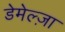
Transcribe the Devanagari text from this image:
डेमेल्ज़ा